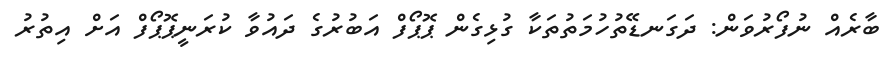
ބާރެއް ނުފޯރުވަން: ދަގަނޑޭތުހުމަތުތަކާ ގުޅިގެން ޕޮޕޯފް އަބުރުގެ ދައުވާ ކުރަނީޕޮޕޯފް އަށް އިތުރު